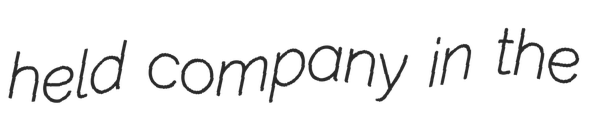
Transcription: held company in the